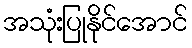
အသုံးပြုနိုင်အောင်